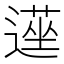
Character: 遳